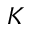
\boldsymbol { K }